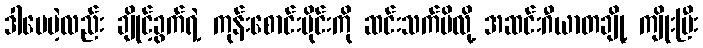
ဒါပေမဲ့လည်း ချိုင့်ခွက်ရဲ့ ကုန်းစောင်းပိုင်းကို ဆင်းသက်မိလို့ အဆင်းဂီယာတချို့ ကျိုးပြီး